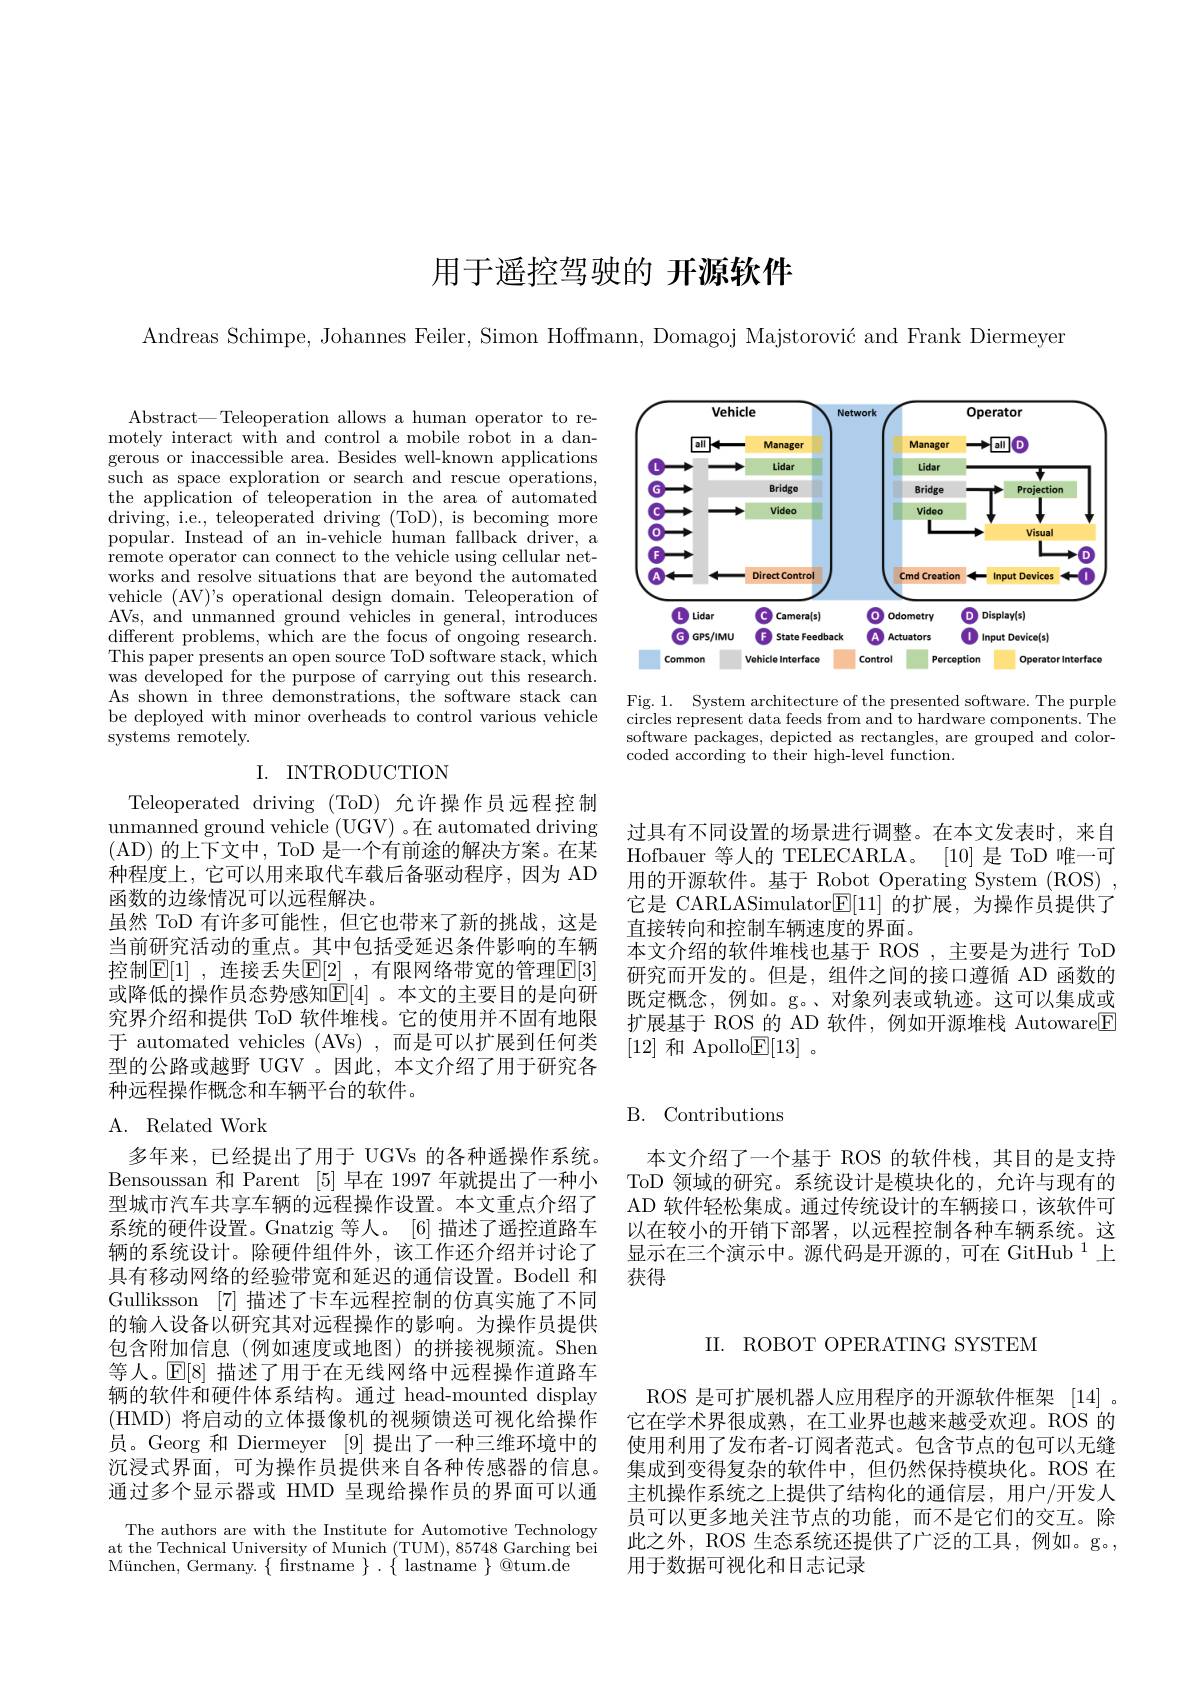
# 用于遥控驾驶的 开源软件

Andreas Schimpe, Johannes Feiler, Simon Hoffmann, Domagoj Majstorović and Frank Diermeyer

<FigureHere>

Abstract— Teleoperation allows a human operator to remotely interact with and control a mobile robot in a dangerous or inaccessible area. Besides well-known applications such as space exploration or search and rescue operations, the application of teleoperation in the area of automated driving, i.e., teleoperated driving (ToD), is becoming more popular. Instead of an in-vehicle human fallback driver, a remote operator can connect to the vehicle using cellular networks and resolve situations that are beyond the automated vehicle (AV)'s operational design domain. Teleoperation of AVs, and unmanned ground vehicles in general, introduces different problems, which are the focus of ongoing research. This paper presents an open source ToD software stack, which was developed for the purpose of carrying out this research. As shown in three demonstrations, the software stack can be deployed with minor overheads to control various vehicle systems remotely.

Fig. 1. System architecture of the presented software. The purple circles represent data feeds from and to hardware components. The software packages, depicted as rectangles, are grouped and colorcoded according to their high-level function.

# I. INTRODUCTION

过具有不同设置的场景进行调整。在本文发表时，来自Hofbauer 等人的 TELECARLA。[10]是 ToD 唯一可用的开源软件。基于 Robot Operating System (ROS) , 它是 CARLASimulator$\boxed{\mathbb{E}}[11]$的扩展，为操作员提供了直接转向和控制车辆速度的界面。
本文介绍的软件堆栈也基于 ROS ,主要是为进行 ToD 研究而开发的。但是，组件之间的接口遵循 AD 函数的既定概念，例如。g。、对象列表或轨迹。这可以集成或扩展基于 ROS 的 AD 软件，例如开源堆栈 Autoware$\boxed{\mathrm{F}}$ [12]和 Apollo$\underline{\mathrm{E}}[13]$ 。

Teleoperated driving (ToD) 允许操作员远程控制unmanned ground vehicle (UGV) 。在 automated driving (AD)的上下文中，ToD 是一个有前途的解决方案。在某种程度上，它可以用来取代车载后备驱动程序，因为 AD 函数的边缘情况可以远程解决。
虽然 ToD 有许多可能性，但它也带来了新的挑战，这是当前研究活动的重点。其中包括受延迟条件影响的车辆控制$\mathbb{E}[1]$ ,连接丢失$\mathbb{E}[2]$ ,有限网络带宽的管理$\mathbb{E}[3]$ 或降低的操作员态势感知$\mathbb{E}[4]$ 。本文的主要目的是向研究界介绍和提供 ToD 软件堆栈。它的使用并不固有地限于 automated vehicles (AVs),而是可以扩展到任何类型的公路或越野 UGV 。因此，本文介绍了用于研究各种远程操作概念和车辆平台的软件。

# B. Contributions

## A. Related Work

本文介绍了一个基于 ROS 的软件栈，其目的是支持ToD 领域的研究。系统设计是模块化的，允许与现有的AD 软件轻松集成。通过传统设计的车辆接口，该软件可以在较小的开销下部署，以远程控制各种车辆系统。这显示在三个演示中。源代码是开源的，可在 GitHub $^{1}$上获得

多年来，已经提出了用于 UGVs 的各种遥操作系统。Bensoussan 和 Parent [5]早在 1997 年就提出了一种小型城市汽车共享车辆的远程操作设置。本文重点介绍了系统的硬件设置。Gnatzig 等人。[6] 描述了遥控道路车辆的系统设计。除硬件组件外，该工作还介绍并讨论了具有移动网络的经验带宽和延迟的通信设置。Bodell 和Gulliksson [7]描述了卡车远程控制的仿真实施了不同的输入设备以研究其对远程操作的影响。为操作员提供包含附加信息(例如速度或地图)的拼接视频流。Shen 等人。$\mathbb{E}[8]$描述了用于在无线网络中远程操作道路车辆的软件和硬件体系结构。通过 head-mounted display (HMD) 将启动的立体摄像机的视频馈送可视化给操作员。Georg 和 Diermeyer [9]提出了一种三维环境中的沉浸式界面，可为操作员提供来自各种传感器的信息。通过多个显示器或 HMD 呈现给操作员的界面可以通

II. ROBOT OPERATING SYSTEM

ROS 是可扩展机器人应用程序的开源软件框架[14] 。它在学术界很成熟，在工业界也越来越受欢迎。ROS 的使用利用了发布者-订阅者范式。包含节点的包可以无缝集成到变得复杂的软件中，但仍然保持模块化。ROS 在主机操作系统之上提供了结构化的通信层，用户/开发人员可以更多地关注节点的功能，而不是它们的交互。除此之外，ROS 生态系统还提供了广泛的工具，例如。g。, 用于数据可视化和日志记录

The authors are with the Institute for Automotive Technology at the Technical University of Munich (TUM), 85748 Garching bei München, Germany. $\{$ firstname $\}.{\{\mathrm{~lastname~}\}}$ @tum.dé